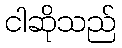
ငါဆိုသည်